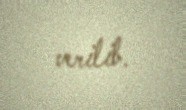
verilib.